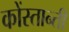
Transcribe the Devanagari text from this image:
कोंस्तान्ती